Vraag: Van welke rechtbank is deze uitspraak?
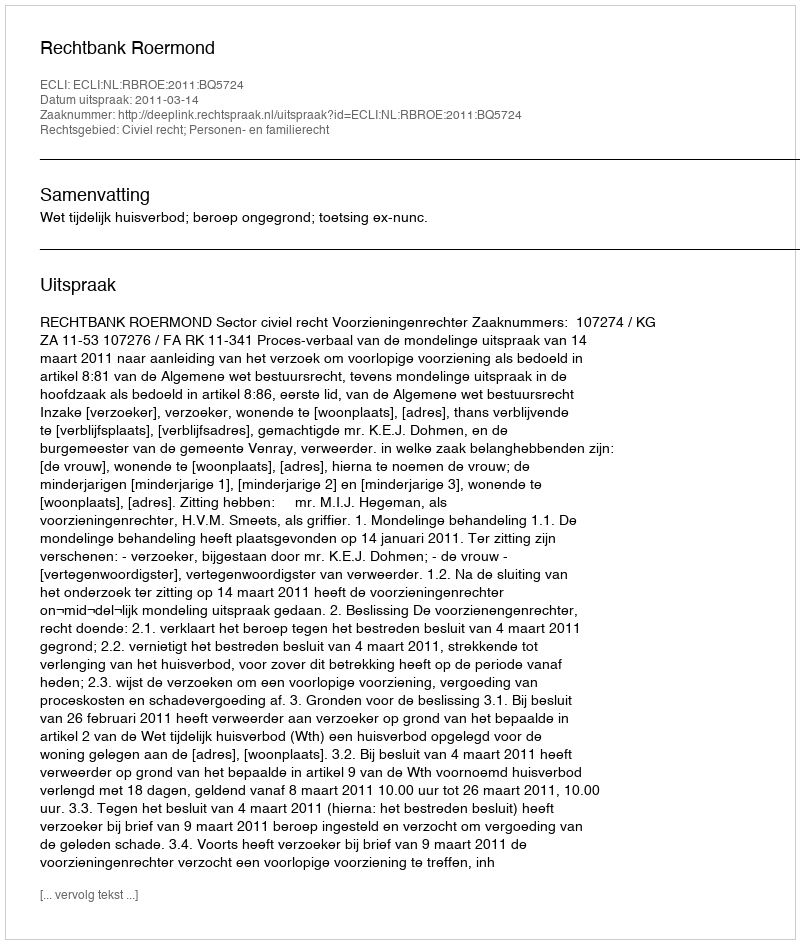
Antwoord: Rechtbank Roermond